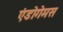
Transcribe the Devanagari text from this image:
एंडोगेमस